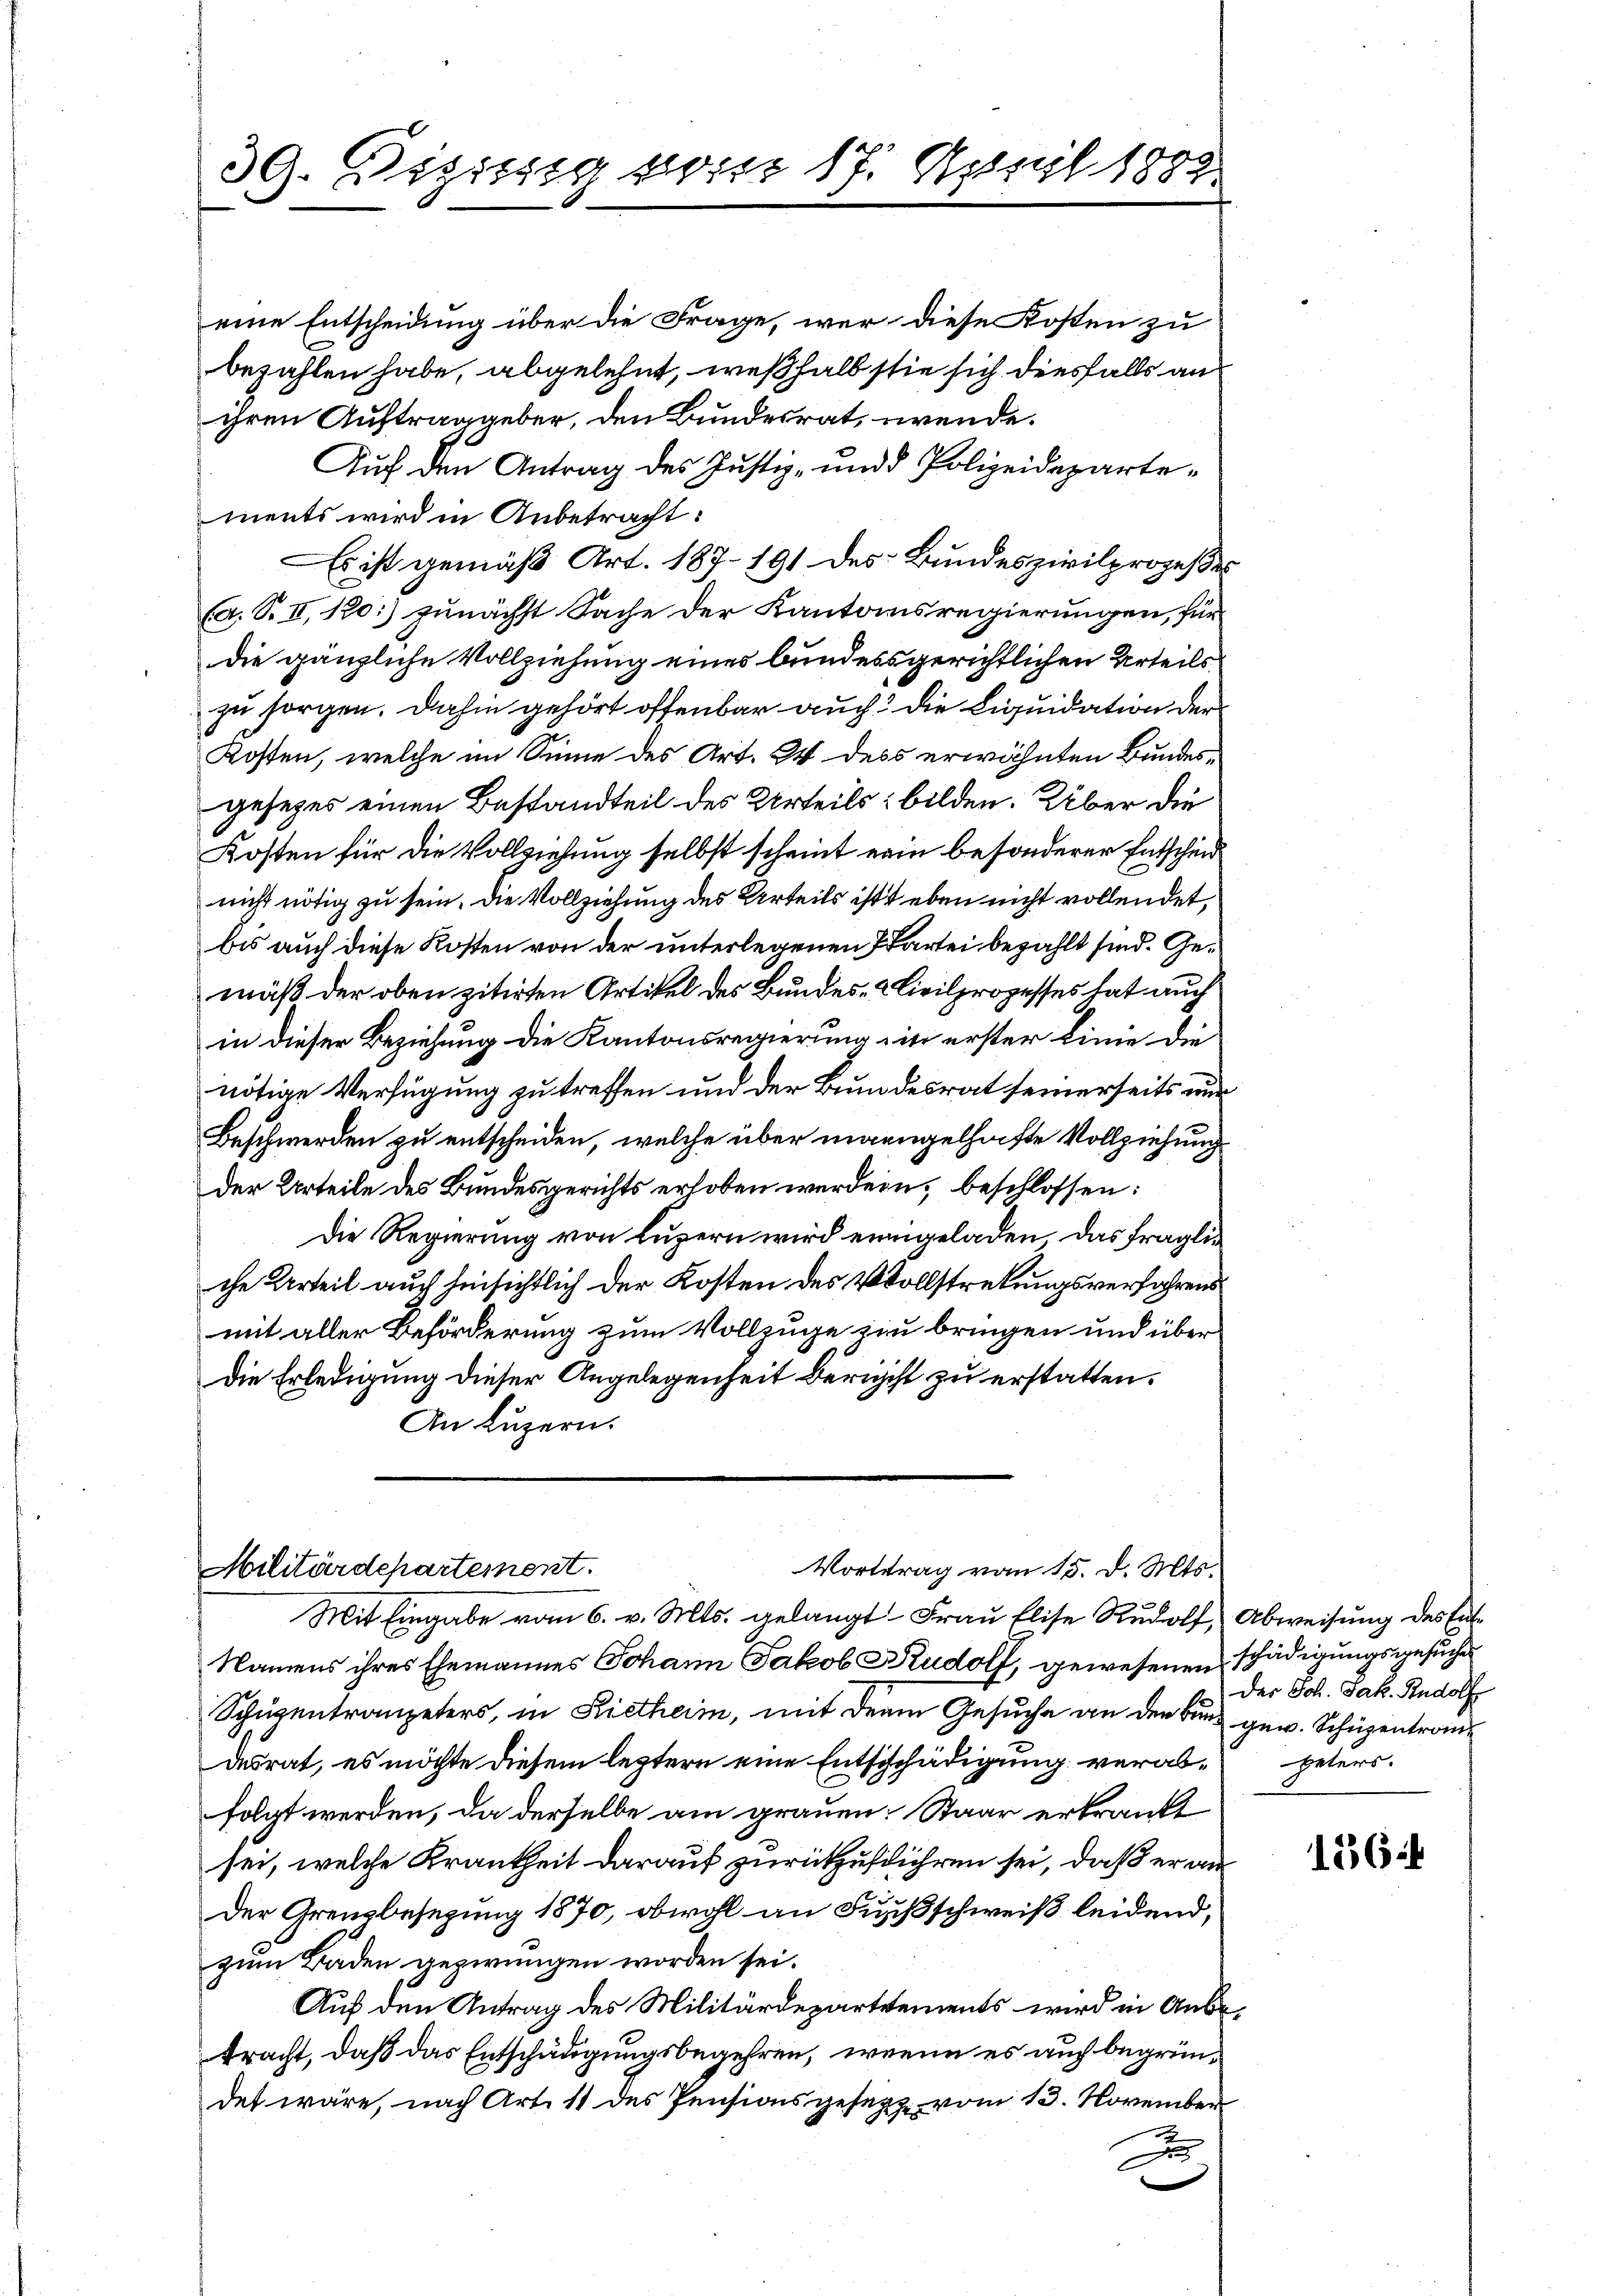
39. Dezissig vom 17. April 1882

Vortrag vom 15. d. Mts.
Militärdepartement.
Mit Eingabe vom 6. v. Mts. gelangt. Frau Elise Rudolf Abweisung des Ente

eine Entscheidung über die Frage, wer diese Kosten zu
bezahlen habe, abgelehnt, weßhalb sie sich diesfalls an
ihren Auftraggeber, den Bundesrat, wende.
Auf den Antrag des Justiz- und Polizeidepartements wird in Anbetracht:
Es ist gemäß Art. 187-191 des Bundeszivilprozesses
(A. S. II, 120) zunächst Sache der Kantonsregierungen, für
die gänzliche Vollziehung eines bundessgerichtlichen Urteils
zu sorgen. Dahin gehört offenbar auch die Liquidation der
Kosten, welche im Sinne des Art. 24 dess erwähnten Bundesgesetzes einen Bestandteil des Urteils bilden. Über die
Kosten für die Vollziehung selbst scheint erin besonderer Entscheid
nicht nötig zu sein. Die Vollziehung des Urteils ist eben nicht vollendet,
bis auch diese Kosten von der unterlegenen Partei bezahlt sind. Gemäß der oben zitirten Artikel des Bundes- & Civilprozesses hat auch
in dieser Beziehung die Kantonsregierung ein erster Linie die
nötige Verfügung zu treffen und der Bundesrat seinerseits nur
Beschwerden zu entscheiden, welche über ingengelhafte Vollziehung
der Urteile des Bundesgerichts erhoben werden, beschlossen:
Die Regierung von Luzern wird einigeladen das fragliche Urteil auch hinsichtlich der Kosten des Vollstretungsverfahrens
mit aller Behörderung zum Vollzuge zu bringen und über
Die Erledigung dieser Angelegenheit bericht zu erstatten.
An Luzern.

Namens ihres Ehemannes Johann Jakob Krudolf, gewesenen schädigungsgesuche
Schüzentrangeters, in Rietheim, mit der Gesuche an den Band gew. Schüzentron
desrat, es möchte diesem leztern eine Entschädigung verab-peters.
folgt werden, da derselbe am grauen. Staar erkrankt
sei, welche Krankheit darauf zurückzuführen sei, daß er an¬
Der Grenzbesezung 1870, obwohl an Fußschweiß leidend,
zum Baden gezwungen worden sei.
Auf den Antrag des Militärdepartements wird in Anbetracht, daß das Entschädigungsbegehren, wenn es auch begründet wäre, nach Art. 11 des Pensionsgesetz vom 13. November
x

Der Joh. Jak. Rudolf

156